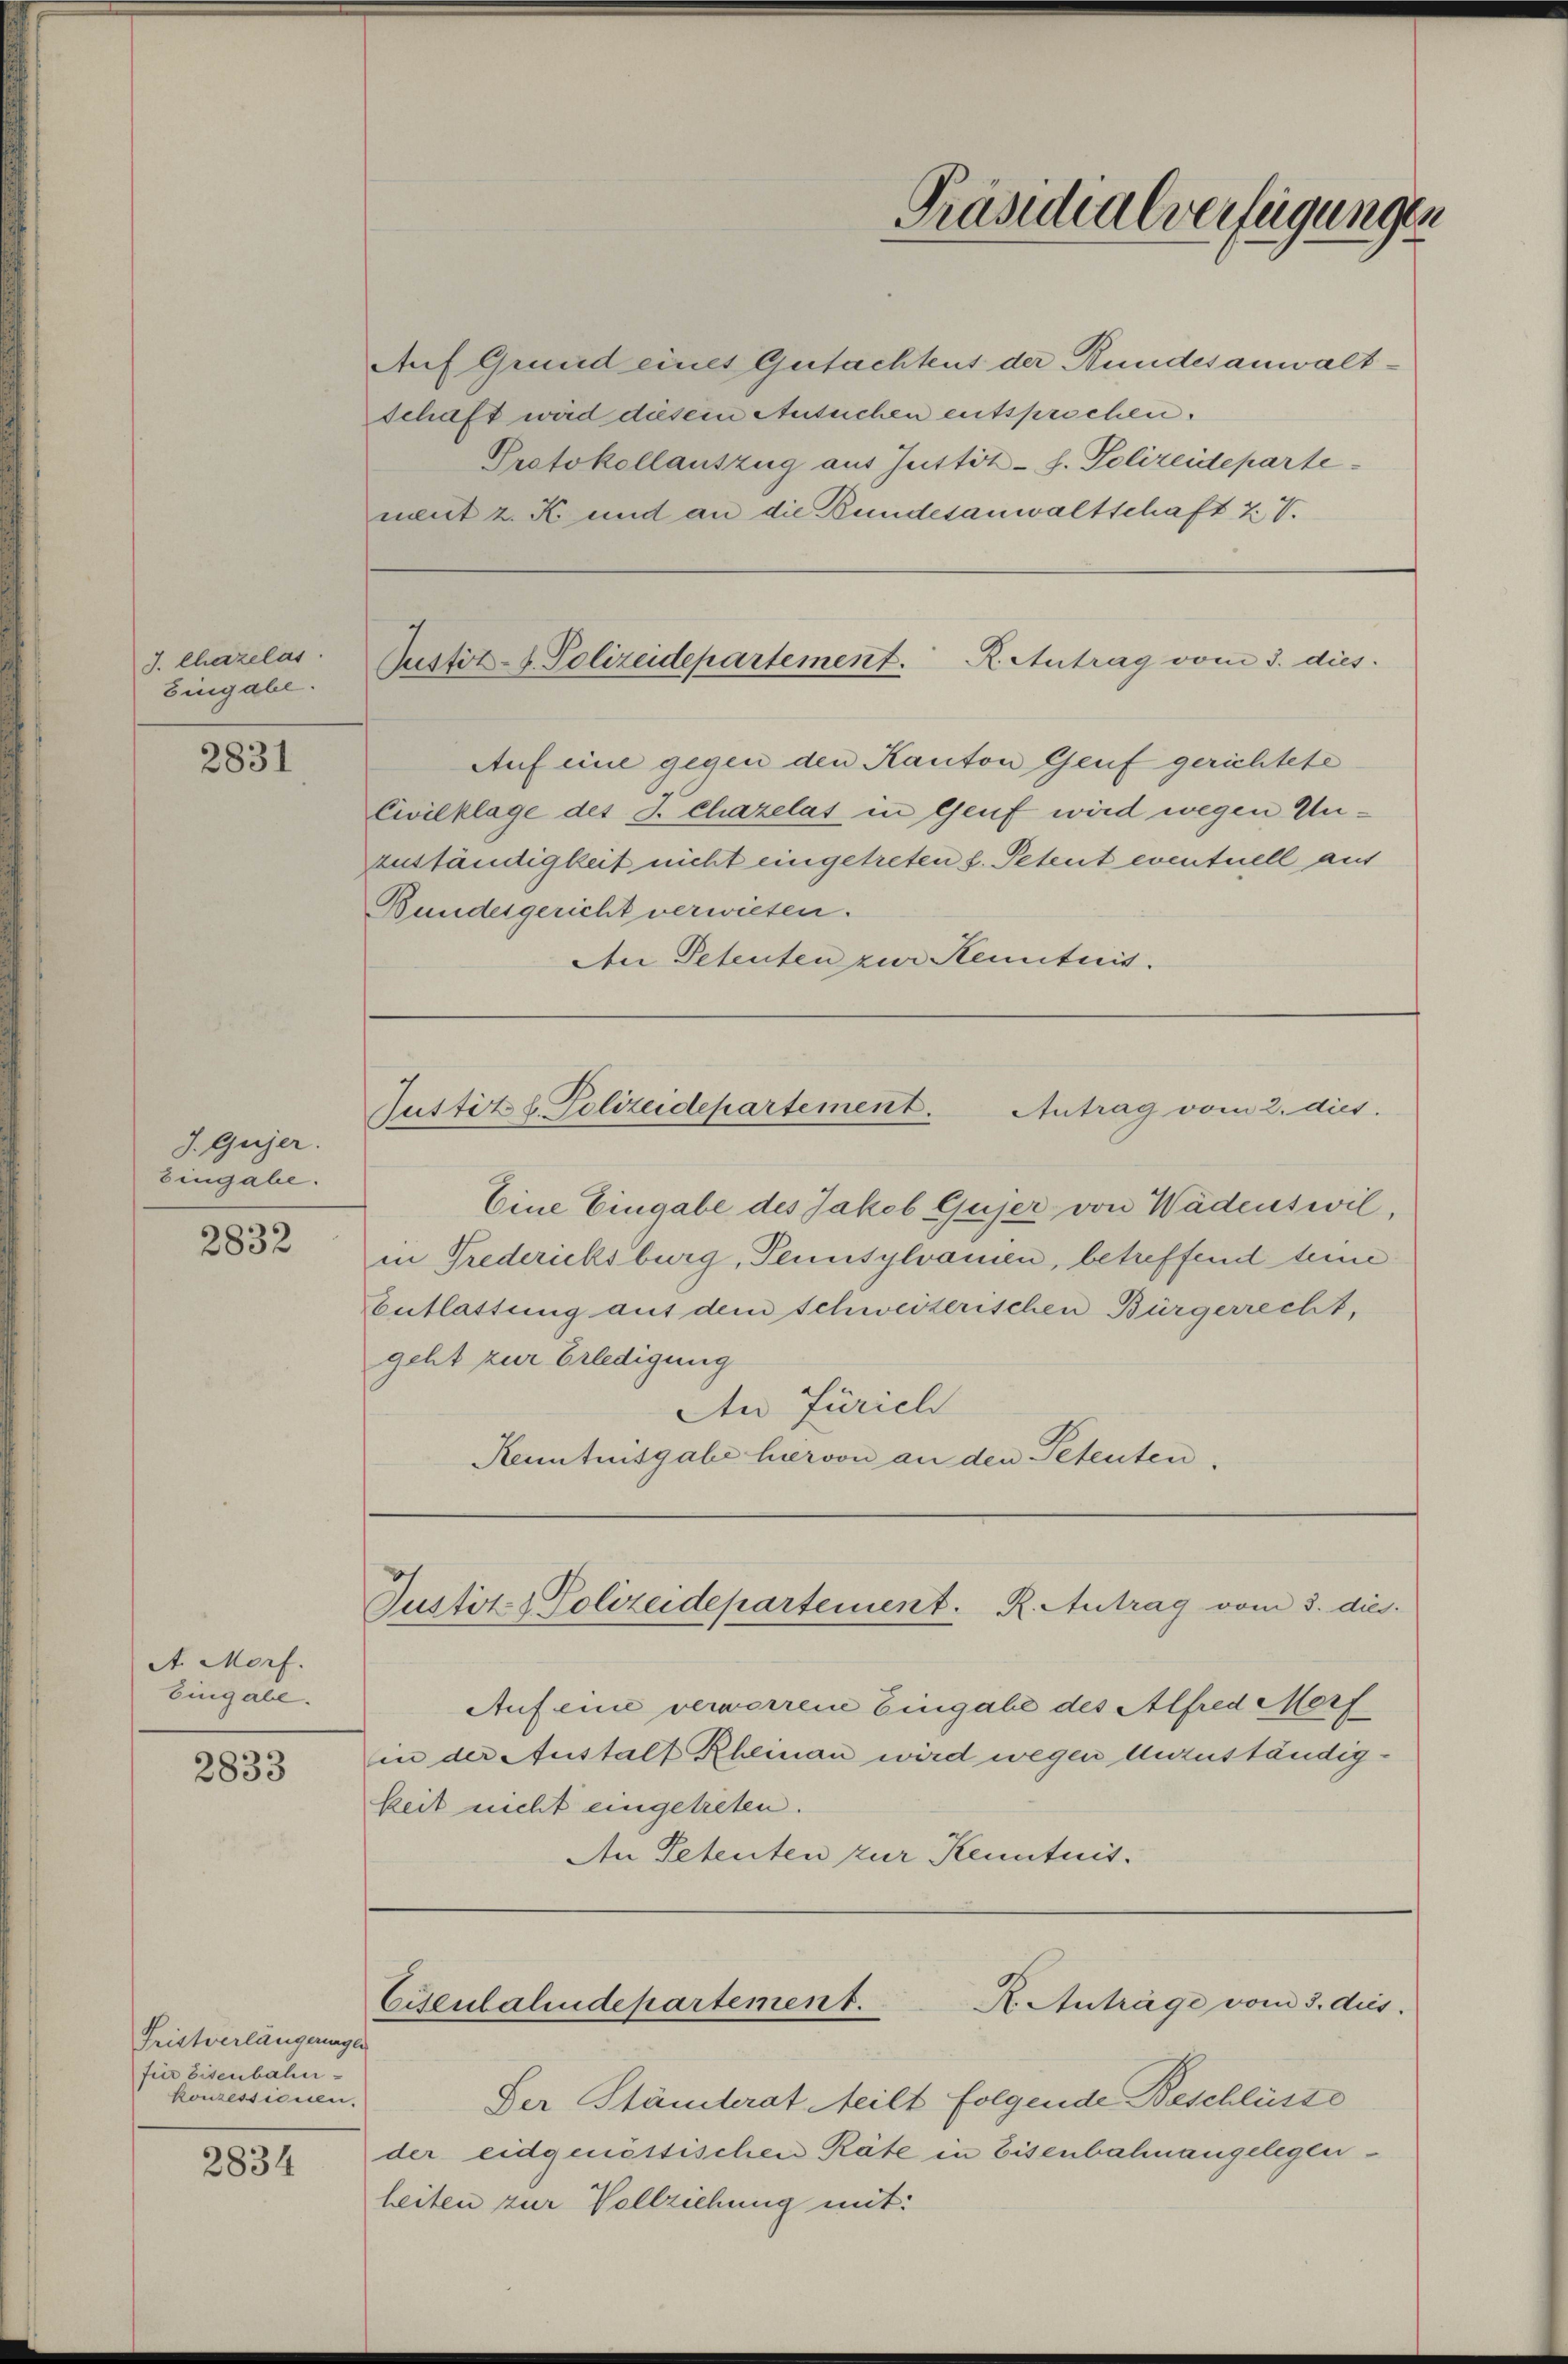
J. Chazelas
Eingabe.

2831

J. Gujer.
Eingabe.

2832

A. Morf.
Eingabe.

2833

Fristverlängerungen
füer Eisenbahn-
konzessierten.

2834

Auf Grund eines Gutachtens der Bundesanwaltschaft wird diesem Ansuchen entsprechen.
Protokollauszug aus Justiz- h. Polizeideparte
nent z. K. und an die Bundesanwaltschaft Z. V.

Justiz- & Polizeidepartement. R. Antrag vom 3. dies

Justiz- & Polizeidepartement. K. Antrag vom 3. dies
Auf eine gegen den Kanton Genf gerichtete
Civilklage des J. Chazelas in Genf wird wegen Unzuständigkeit nicht eingetreten s. Petent eventuell aus
Bundesgericht verwiesen.
Ien Petenten zur Kenntnis.

Justitzl. Polizeidepartement. Antrag vom 2. dies.

Präsidialverfügungen

Eine Eingabe des Jakob Gujer von Wädenswil,
in Prederiksburg, Tennsylvamen, betreffend teine
Entlassung aus dem schweizerischen Bürgerrecht,
geht zur Erledigung
An Zürich
Kenntnisgabe hiervon an den Petenten,

Aufeine verworrene Eingabe des Alfred Morf
in der Austalt Rheman wird wegen Unzuständigkeit nicht eingetreten.
An Petenten zur Kenntnis.

Cisentalendepartement.
R. Anträge vom 3. dies.

Der Stämterat Meilt folgende Beschlüsse
der eidgenössischen Räte in Eisenbahnangelegenheiten zur Vollziehung mit: